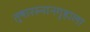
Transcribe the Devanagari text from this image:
तुषारस्नानगृहाला